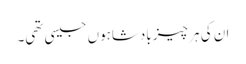
ان کی ہر چیز بادشاہوں جیسی تھی۔